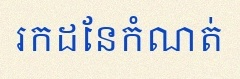
រកដែនកំណត់